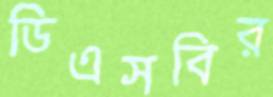
ডিএসবির